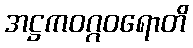
အဋ္ဌကဝဂ္ဂဝရောတိ